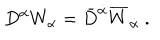
LaTeX: D ^ { \alpha } W _ { \alpha } = \bar { D } ^ { \dot { \alpha } } \overline { { W } } _ { \dot { \alpha } } ~ .